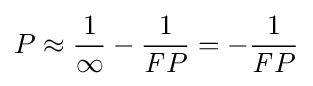
P\approx {\frac {1}{\infty }}-{\frac {1}{{\mathit {F}}P}}=-{\frac {1}{{\mathit {F}}P}}